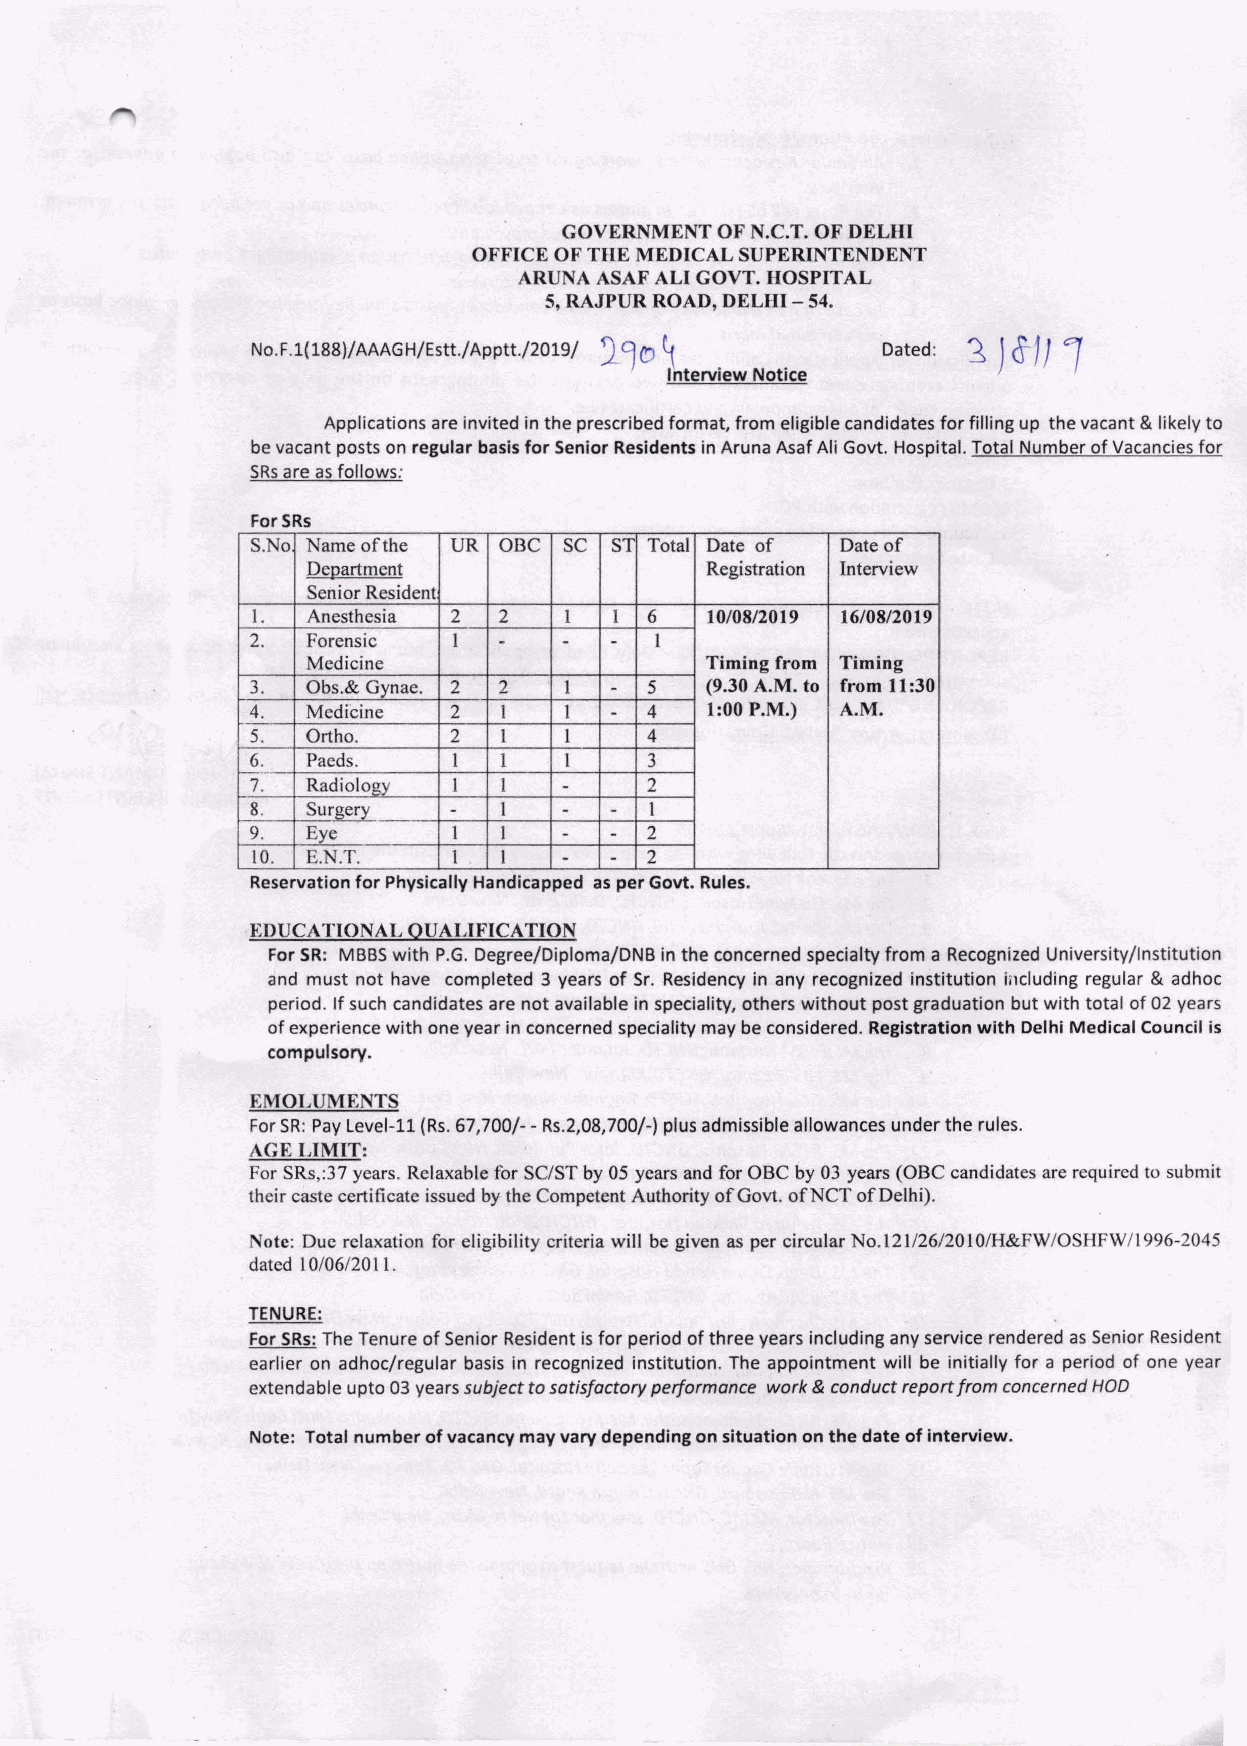
GOVERNMENT OF N.C.T. OF DELHI
 OFFICE OF THE MEDICAL SUPERINTENDENT
 ARUNA ASAF ALI GOVT. HOSPITAL
 5, RAJPUR ROAD, DELHI - 54.
 19CJ                           J
 No.F.1(188)/AAAGH/Estt./Apptt./2019/ ~    Dated: ~ ) <f JJ
 Interview Notice
 Applications are invited in the prescribed format, from eligible candidates for filling up the vacant & likely to
 be vacant posts on regular basis for Senior Residents in Aruna Asaf Ali Govt. Hospital. Total Number of Vacancies for
 SRs are as follows:
 For SRs
 S.No Name of the UR OBC SC ST Total Date of Date of
 Degartment                Registration Interview
 Senior Resident
 I.  Anesthesia 2 2   l  l 6   10/08/2019 16/08/2019
 2.  Forensic  I  -   -  -  I
 Medicine                  Timing from Timing
 3.  Obs.& Gynae. 2 2 I  - 5   (9.30 A.M. to from 11 :30
 4.  Medicine 2   I   I  - 4   1:00 P.M.) A.M.
 5.  Ortho.   2   I   I    4
 6.  Paeds.    I  l   I    3
 ~7.- Radiology I  I   -    2
 8.  Surgery  -   I   -  - I
 9.  Eye       I  I   -  - 2
 10. E.N.T.    1  1   -  - 2
 Reservation for Physically Handicapped as per Govt. Rules.
 EDUCATIONAL QUALIFICATION
 For SR: MBBS with P.G. Degree/Diploma/DNB in the concerned specialty from a Recognized University/Institution
 and must not have completed 3 years of Sr. Residency in any recognized institution including regular & adhoc
 period. If such candidates are not available in speciality, others without post graduation but with total of 02 years
 of experience with one year in concerned speciality may be considered. Registration with Delhi Medical Council is
 compulsory.
 EMOLUMENTS
 For SR: Pay Level-11 (Rs. 67, 700/--Rs.2,08, 700/-) plus admissible allowances under the rules.
 AGE LIMIT:
 For SRs,:37 years. Relaxable for SC/ST by 05 years and for OBC by 03 years (OBC candidates are required to submit
 their caste certificate issued by the Competent Authority of Govt. ofNCT of Delhi).
 Note: Due relaxation for eligibility criteria will be given as per circular No.121/26/20 l O/H&FW /OSHFW/ 1996-2045
 dated l 0/06/2011.
 TENURE:
 For SRs: The Tenure of Senior Resident is for period of three years including any service rendered as Senior Resident
 earlier on adhoc/regular basis in recognized institution. The appointment will be initially for a period of one year
 extendable upto 03 years subject to satisfactory performance work & conduct report from concerned HOO
 Note: Total number of vacancy may vary depending on situation on the date of interview.